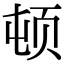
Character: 顿